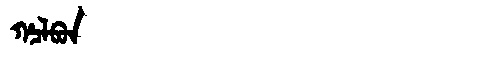
Manchu: ᡥᠴᠯᠪᠣᠨ
Romanization: HCLBON